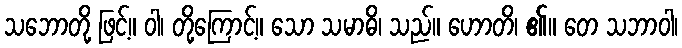
သဘောတို့ ဖြင့်။ ဝါ၊ တို့ကြောင့်။ သော သမာဓိ၊ သည်။ ဟောတိ၊ ၏။ တေ သဘာဝါ၊